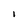
Character: I